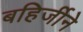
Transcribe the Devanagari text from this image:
बहिर्जीने